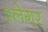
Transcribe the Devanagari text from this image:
श्लेगर